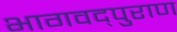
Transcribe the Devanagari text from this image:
भागवद्पुराण